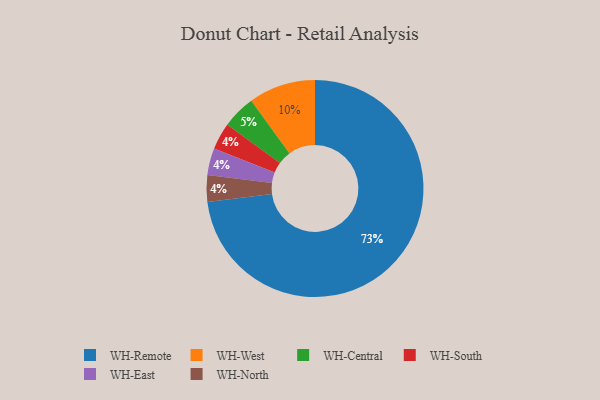
{"axis": {"x": "Category", "y": "Percentage"}, "legend": ["WH-Central", "WH-East", "WH-North", "WH-Remote", "WH-South", "WH-West"], "data": [{"x": "WH-Remote", "y": 73, "type": "WH-Remote"}, {"x": "WH-South", "y": 4, "type": "WH-South"}, {"x": "WH-West", "y": 10, "type": "WH-West"}, {"x": "WH-East", "y": 4, "type": "WH-East"}, {"x": "WH-Central", "y": 5, "type": "WH-Central"}, {"x": "WH-North", "y": 4, "type": "WH-North"}]}